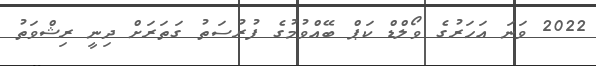
2022 ވަނަ އަަހަރުގެ ވޯލްޑް ކަޕް ބޭއްވުމުގެ ފުރުސަތު ގަތަރަށް ދިނީ ރިޝްވަތު